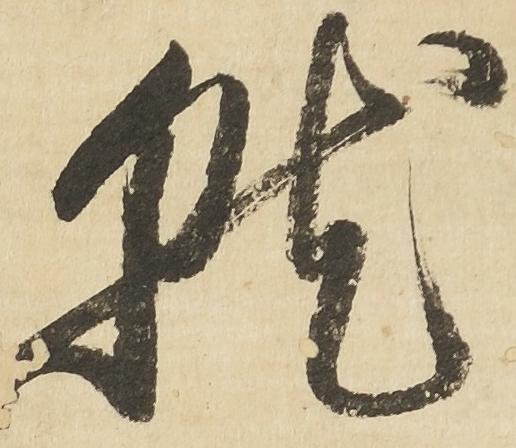
就